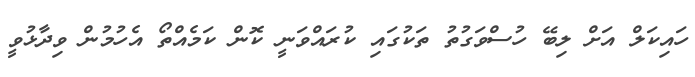
ހައިކަލް އަށް ލިބޭ ހުސްވަގުތު ތަކުގައި ކުރައްވަނީ ކޮން ކަމެއްތޯ އެހުމުން ވިދާޅުވީ